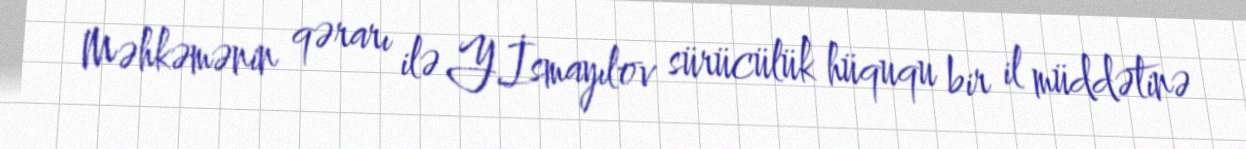
Məhkəmənin qərarı ilə Y.İsmayılov sürücülük hüququ bir il müddətinə